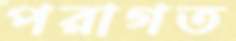
পরাগত